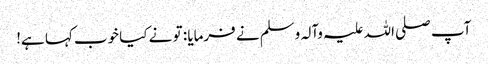
آپ صلی اللہ علیہ وآلہ وسلم نے فرمایا : تو نے کیا خوب کہا ہے!